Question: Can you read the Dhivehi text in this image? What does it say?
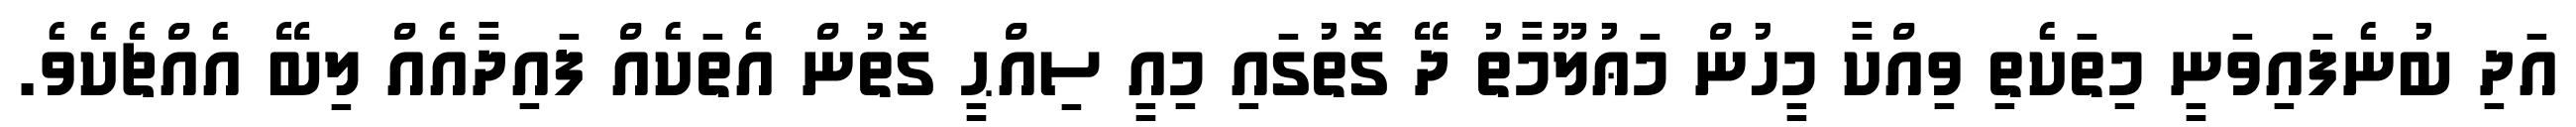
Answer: އަދި ބުނެފައިވަނީ މިތަކެތި ވިއްކާ މީހުން މަޢުލޫމާތު ދޭ ގޮތުގައި މިއީ ސިއްޙީ ގޮތުން އެތަކެއް ފައިދާއެއް ލިބޭ އެއްޗެކެވެ.